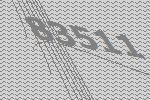
83511